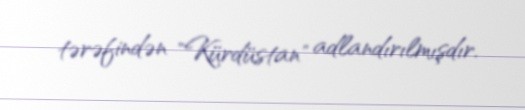
tərəfindən "Kürdüstan" adlandırılmışdır.